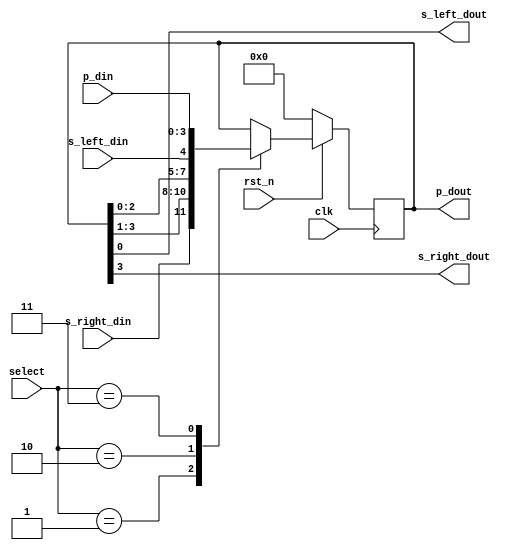
module universal_shift_reg(
  input clk, rst_n, 
  input [1:0] select, // select operation
  input [3:0] p_din,  // parallel data in 
  input s_left_din,   // serial left data in
  input s_right_din,  // serial right data in
  output reg [3:0] p_dout, //parallel data out
  output s_left_dout, // serial left data out
  output s_right_dout // serial right data out
);
  always@(posedge clk) begin
    if(!rst_n) p_dout <= 0;
    else begin
      case(select)
        2'h1: p_dout <= {s_right_din,p_dout[3:1]}; // Right Shift
        2'h2: p_dout <= {p_dout[2:0],s_left_din};  // Left Shift
        2'h3: p_dout <= p_din; // Parallel in - Parallel out
        default: p_dout <= p_dout; // Do nothing
      endcase
    end
  end
  assign s_left_dout = p_dout[0];
  assign s_right_dout = p_dout[3];
endmodule